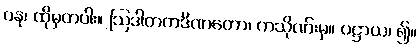
ပန၊ ထိုမှတပါး။ ဩဒါတကဒိဏတော၊ ကသိုဏ်းမှ။ ပဋ္ဌာယ၊ ၍။